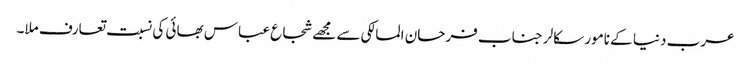
عرب دنیا کے نامور سکالر جناب فرحان المالکی سے مجھے شجاع عباس بھائی کی نسبت تعارف ملا۔